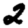
Digit: 2